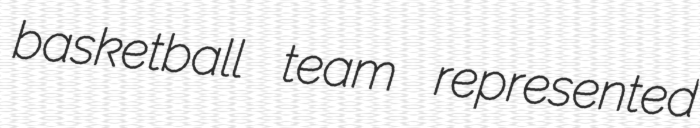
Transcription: basketball team represented